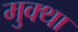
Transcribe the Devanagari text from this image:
मुक्था